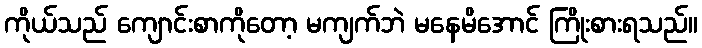
ကိုယ်သည် ကျောင်းစာကိုတော့ မကျက်ဘဲ မနေမိအောင် ကြိုးစားရသည်။